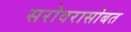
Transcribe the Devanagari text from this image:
सरोवरासोबत